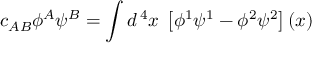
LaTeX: c _ { A B } \phi ^ { A } \psi ^ { B } = \int d ^ { \, 4 } x \; \left[ \phi ^ { 1 } \psi ^ { 1 } - \phi ^ { 2 } \psi ^ { 2 } \right] \left( x \right)